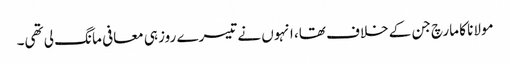
مولانا کا مارچ جن کے خلاف تھا، انہوں نے تیسرے روز ہی معافی مانگ لی تھی۔